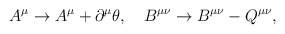
\begin{align*}A^\mu \rightarrow A^\mu+\partial^\mu\theta,~~~B^{\mu\nu}\rightarrow B^{\mu\nu}-Q^{\mu\nu},\end{align*}